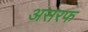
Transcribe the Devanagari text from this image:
असरफ